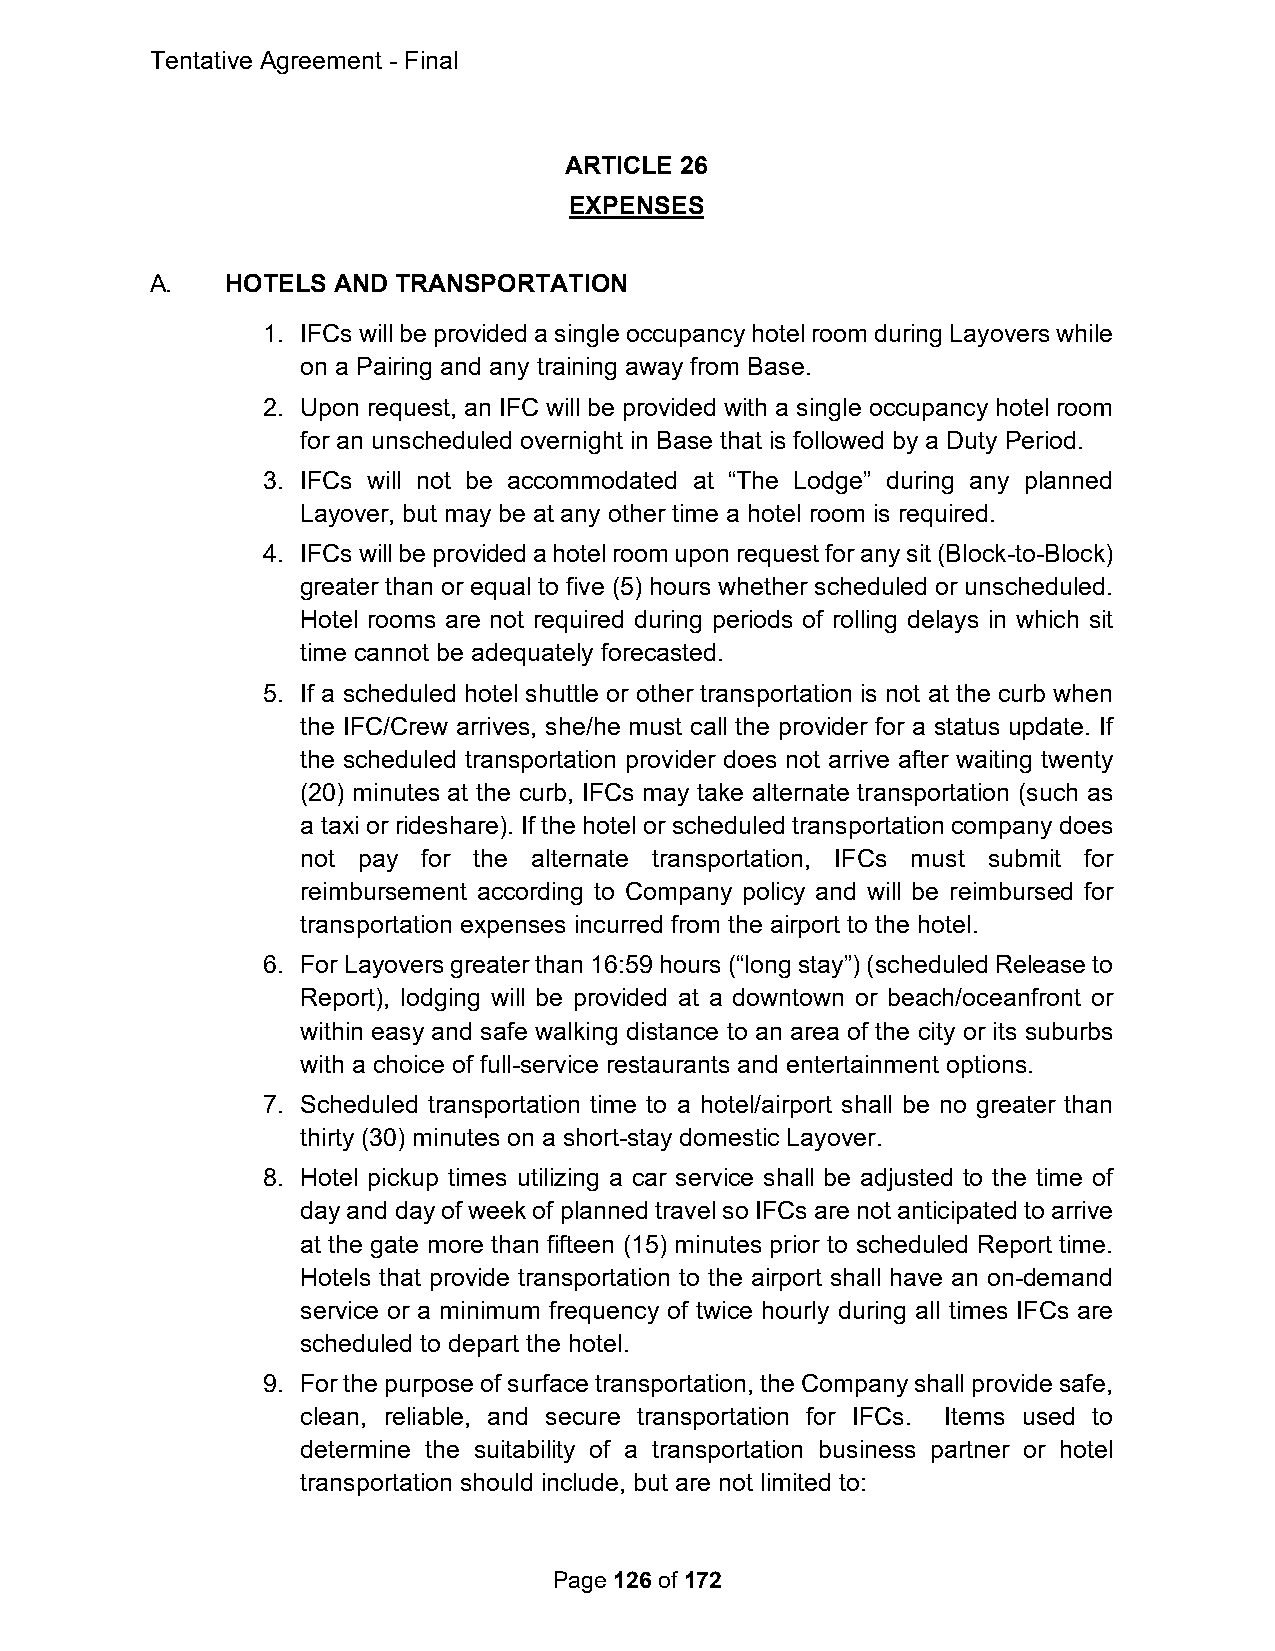
Tentative Agreement - Final
 ARTICLE 26
 EXPENSES
 A.   HOTELS AND TRANSPORTATION
 1. IFCs will be provided a single occupancy hotel room during Layovers while
 on a Pairing and any training away from Base.
 2. Upon request, an IFC will be provided with a single occupancy hotel room
 for an unscheduled overnight in Base that is followed by a Duty Period.
 3. IFCs will not be accommodated at “The Lodge” during any planned
 Layover, but may be at any other time a hotel room is required.
 4. IFCs will be provided a hotel room upon request for any sit (Block-to-Block)
 greater than or equal to five (5) hours whether scheduled or unscheduled.
 Hotel rooms are not required during periods of rolling delays in which sit
 time cannot be adequately forecasted.
 5. If a scheduled hotel shuttle or other transportation is not at the curb when
 the IFC/Crew arrives, she/he must call the provider for a status update. If
 the scheduled transportation provider does not arrive after waiting twenty
 (20) minutes at the curb, IFCs may take alternate transportation (such as
 a taxi or rideshare). If the hotel or scheduled transportation company does
 not pay for the alternate transportation, IFCs must submit for
 reimbursement according to Company policy and will be reimbursed for
 transportation expenses incurred from the airport to the hotel.
 6. For Layovers greater than 16:59 hours (“long stay”) (scheduled Release to
 Report), lodging will be provided at a downtown or beach/oceanfront or
 within easy and safe walking distance to an area of the city or its suburbs
 with a choice of full-service restaurants and entertainment options.
 7. Scheduled transportation time to a hotel/airport shall be no greater than
 thirty (30) minutes on a short-stay domestic Layover.
 8. Hotel pickup times utilizing a car service shall be adjusted to the time of
 day and day of week of planned travel so IFCs are not anticipated to arrive
 at the gate more than fifteen (15) minutes prior to scheduled Report time.
 Hotels that provide transportation to the airport shall have an on-demand
 service or a minimum frequency of twice hourly during all times IFCs are
 scheduled to depart the hotel.
 9. For the purpose of surface transportation, the Company shall provide safe,
 clean, reliable, and secure transportation for IFCs. Items used to
 determine the suitability of a transportation business partner or hotel
 transportation should include, but are not limited to:
 Page 126 of 172